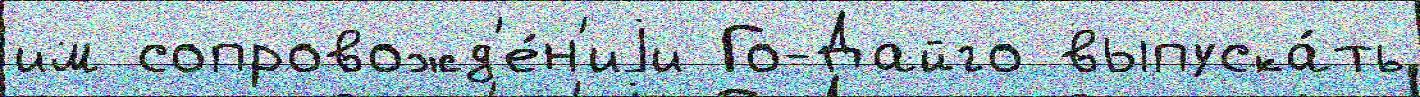
им сопровожд'е́н'иjи Го-Дайго выпуска́ть